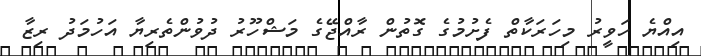
އިއްޔެ ހަވީރު މިހަރަކާތް ފެށުމުގެ ގޮތުން ރާއްޖޭގެ މަޝްހޫރު ދުވުންތެރިޔާ އަހުމަދު ރިޒާ